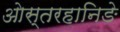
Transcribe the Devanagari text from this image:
ओस्तरहानिङे